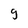
Character: g